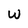
Character: W